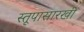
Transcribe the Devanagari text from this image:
स्तूपासारखी